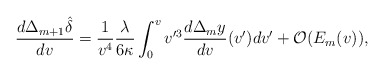
\begin{align*} \frac{d\Delta_{m+1}\hat{\delta}}{dv}=\frac{1}{v^4}\frac{\lambda}{6\kappa}\int_0^vv'^3\frac{d\Delta_{m}y}{dv}(v')dv'+\mathcal{O}(E_m(v)),\end{align*}